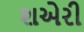
શએરી